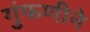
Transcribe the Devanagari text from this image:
गुंफणीने